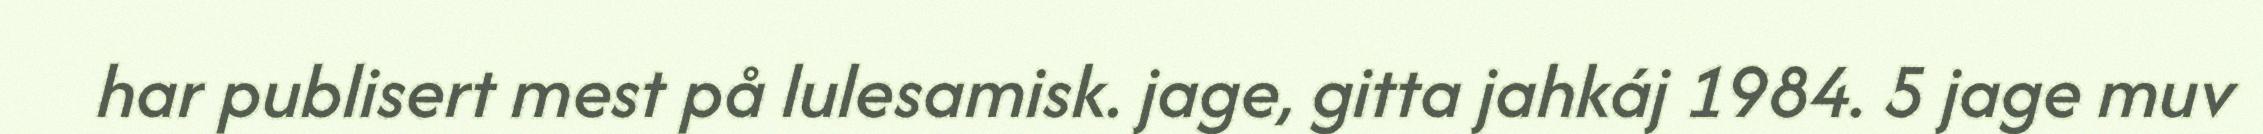
har publisert mest på lulesamisk. jage, gitta jahkáj 1984. 5 jage muv